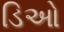
ડિઓ